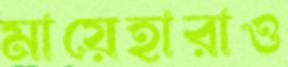
মায়েহারাও